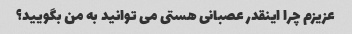
عزیزم چرا اینقدر عصبانی هستی می توانید به من بگویید؟